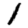
Digit: 1